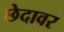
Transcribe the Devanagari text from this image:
छेदावर